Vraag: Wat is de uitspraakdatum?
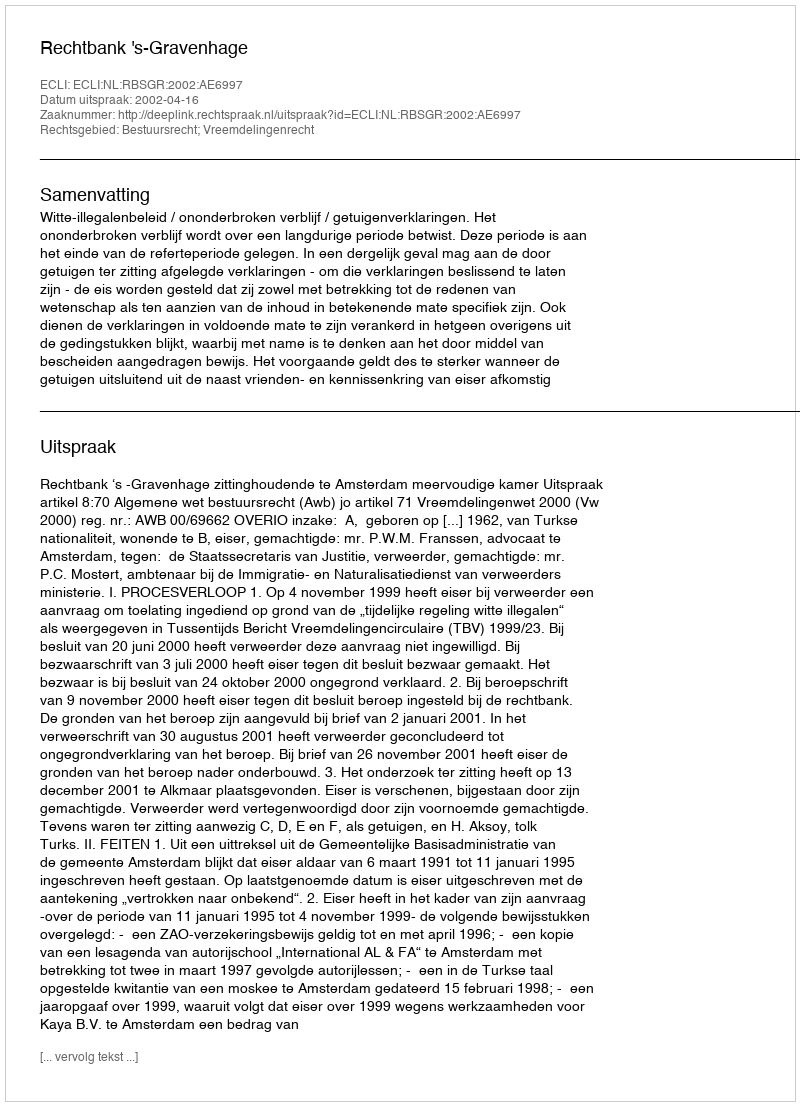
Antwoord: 2002-04-16